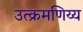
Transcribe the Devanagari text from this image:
उत्क्रमणिय्य